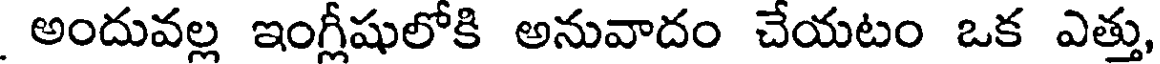
అందువల్ల ఇంగ్లీషులోకి అనువాదం చేయటం ఒక ఎత్తు